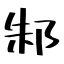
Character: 邾